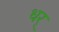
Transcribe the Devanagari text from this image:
धर्